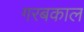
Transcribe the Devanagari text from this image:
गरबकाल